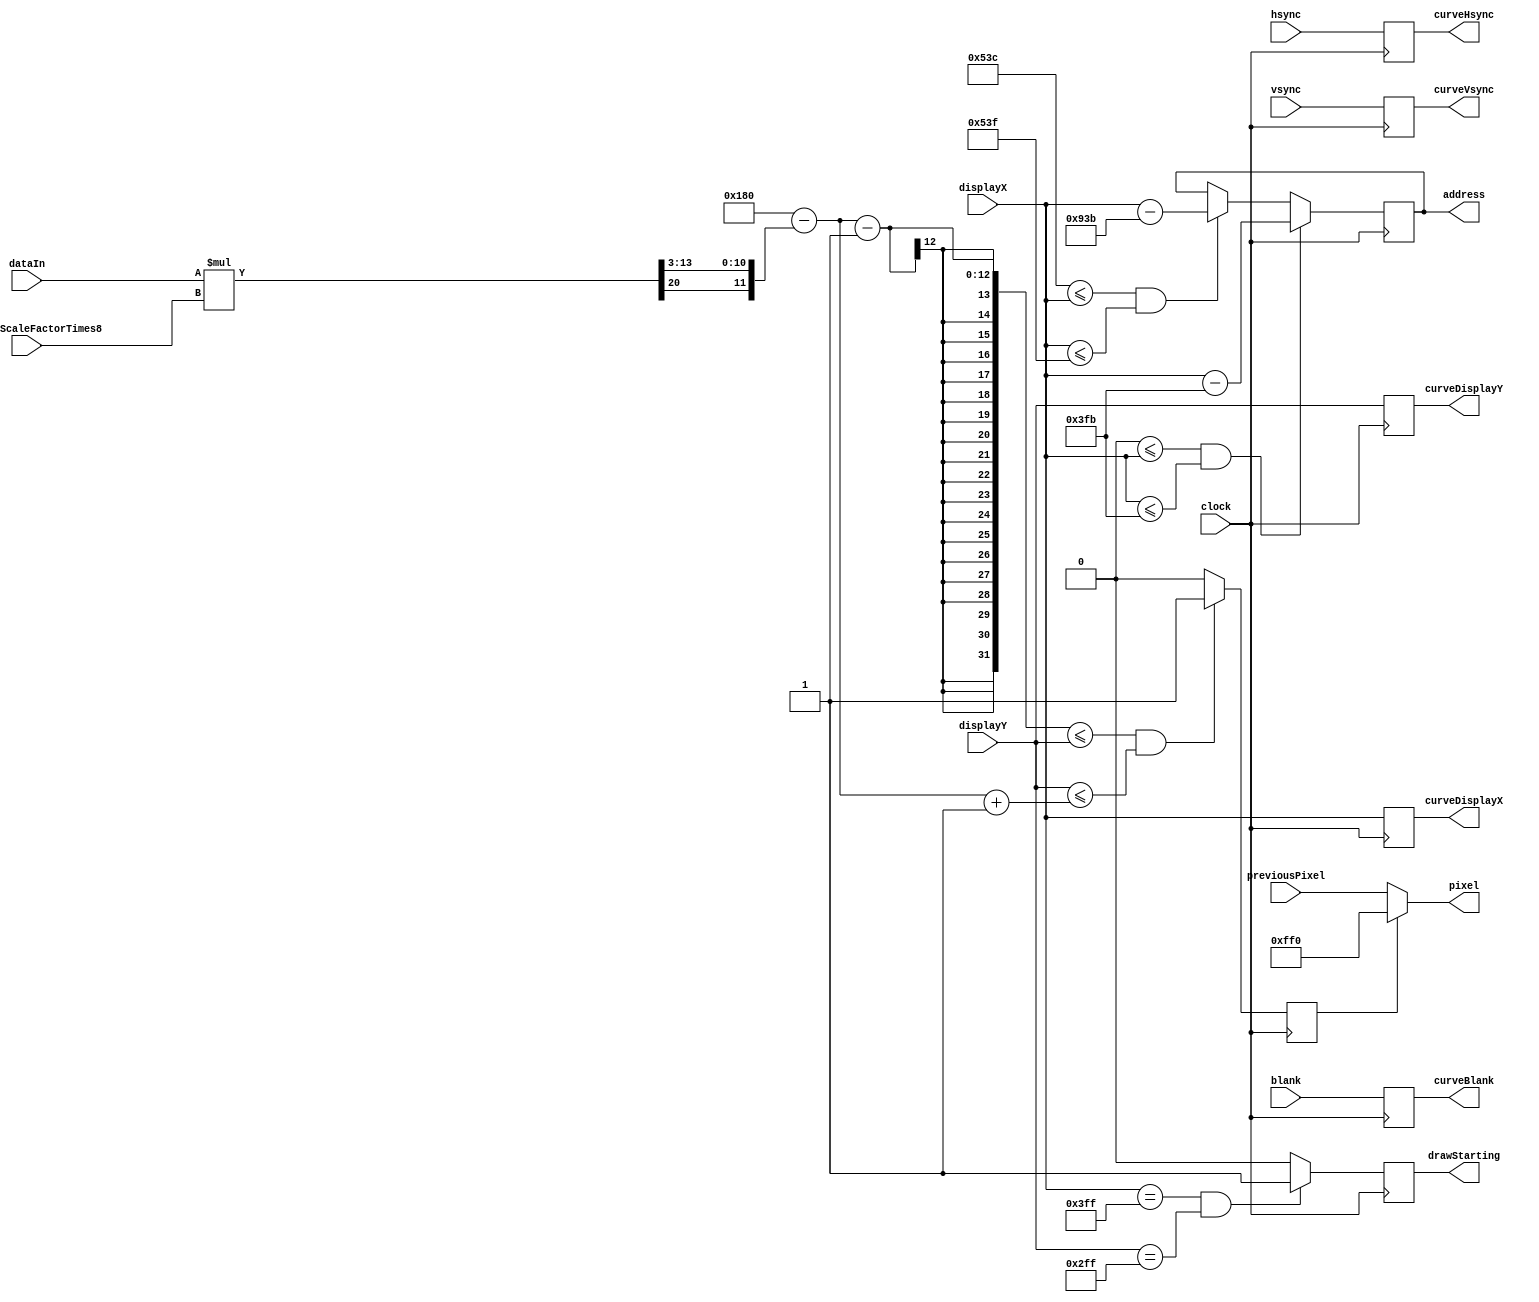
module Curve
    #(parameter DATA_IN_BITS = 12,
                SCALE_FACTOR_BITS = 10,
                DISPLAY_X_BITS = 12,
                DISPLAY_Y_BITS = 12,
                RGB_COLOR = 12'hFF0,  //yellow
                RGB_BITS = 12,
                DISPLAY_WIDTH = 1024,
                DISPLAY_HEIGHT = 768,
                REAL_DISPLAY_WIDTH = 1344,
                REAL_DISPLAY_HEIGHT = 806,
                HEIGHT_ZERO_PIXEL = DISPLAY_HEIGHT/2,
                ADDITIONAL_WAVE_PIXELS = 1,  //number of colored pixels below and on top of the actual wave
                ADDRESS_BITS = 12
                )
    (input clock,
    input signed [DATA_IN_BITS-1:0] dataIn,
    input [SCALE_FACTOR_BITS-1:0] verticalScaleFactorTimes8, // to allow for shrinking and growing the signal
    input [DISPLAY_X_BITS-1:0] displayX,
    input [DISPLAY_Y_BITS-1:0] displayY,
    input hsync,
    input vsync,
    input blank,
    input [RGB_BITS-1:0] previousPixel,
    output [RGB_BITS-1:0] pixel,
    output reg drawStarting,
    output reg [ADDRESS_BITS-1:0] address,
    output reg [DISPLAY_X_BITS-1:0] curveDisplayX,
    output reg [DISPLAY_Y_BITS-1:0] curveDisplayY,
    output reg curveHsync,
    output reg curveVsync,
    output reg curveBlank
    );    
    
    // todo get rid of bigMult; we shouldn't need it
    //scale dataIn
    wire signed [20:0] bigMult;
    wire signed [DATA_IN_BITS-1:0] scaledDataIn;
    //assign scaledDataIn = dataIn * verticalScaleFactorTimes8 / 'sd8; //`VERTICAL_SCALE(dataIn, verticalShiftLeftFactor);
    assign bigMult = dataIn * $signed(verticalScaleFactorTimes8);
    assign scaledDataIn = {bigMult[20], bigMult[13:3]};
    
    // figure out horiz location on screen
    // this has to be unsigned!
    wire [DATA_IN_BITS-1:0] dataScreenLocation;
    assign dataScreenLocation = HEIGHT_ZERO_PIXEL - scaledDataIn;
    
    reg pixelOn;
    
    always @(posedge clock) begin
        // TODO delay these by the correct number of cycles
        curveHsync <= hsync;
        curveVsync <= vsync;
        curveBlank <= blank;
        curveDisplayX <= displayX;
        curveDisplayY <= displayY;
        
        //control drawStarting
        if (displayX==(DISPLAY_WIDTH-1) && displayY==(DISPLAY_HEIGHT-1)) begin
            drawStarting <= 1;
        end else begin
            drawStarting <= 0;
        end
        
        //control pixel
        
        // data value above zero
        if ( (dataScreenLocation - ADDITIONAL_WAVE_PIXELS)<=displayY &&
             displayY<=(dataScreenLocation + ADDITIONAL_WAVE_PIXELS) ) begin
            pixelOn <= 1;
        end else begin
            pixelOn <= 0;
        end
        
        //control address
        if (0<=displayX && displayX<=(DISPLAY_WIDTH-5)) begin
            address <= displayX - (DISPLAY_WIDTH-5);
        end else if ((REAL_DISPLAY_WIDTH-4)<=displayX && displayX<=(REAL_DISPLAY_WIDTH-1) ) begin
            address <= displayX - (REAL_DISPLAY_WIDTH + DISPLAY_WIDTH - 5);
        end else begin
            //output address is irrelevant in this case
            address <= address;
        end
    end
    
    assign pixel = pixelOn ? RGB_COLOR : previousPixel;
    
endmodule